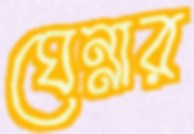
ঘেন্নার